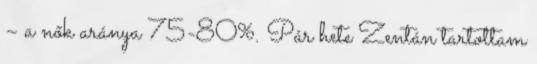
– a nők aránya 75-80%. Pár hete Zentán tartottam